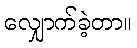
လျှောက်ခဲ့တာ။